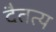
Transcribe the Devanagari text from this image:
दैतत्य